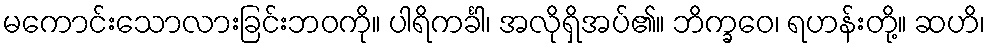
မကောင်းသောလားခြင်းဘဝကို။ ပါရိကင်္ခါ၊ အလိုရှိအပ်၏။ ဘိက္ခဝေ၊ ရဟန်းတို့။ ဆဟိ၊